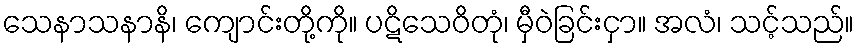
သေနာသနာနိ၊ ကျောင်းတို့ကို။ ပဋိသေဝိတုံ၊ မှီဝဲခြင်းငှာ။ အလံ၊ သင့်သည်။